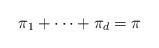
LaTeX: \begin{align*} \pi_1 + \cdots + \pi_d = \pi\end{align*}